Indian journal of veterinary science and animal husbandry - Volumes 15-17, 1948-1951
Year: 1948
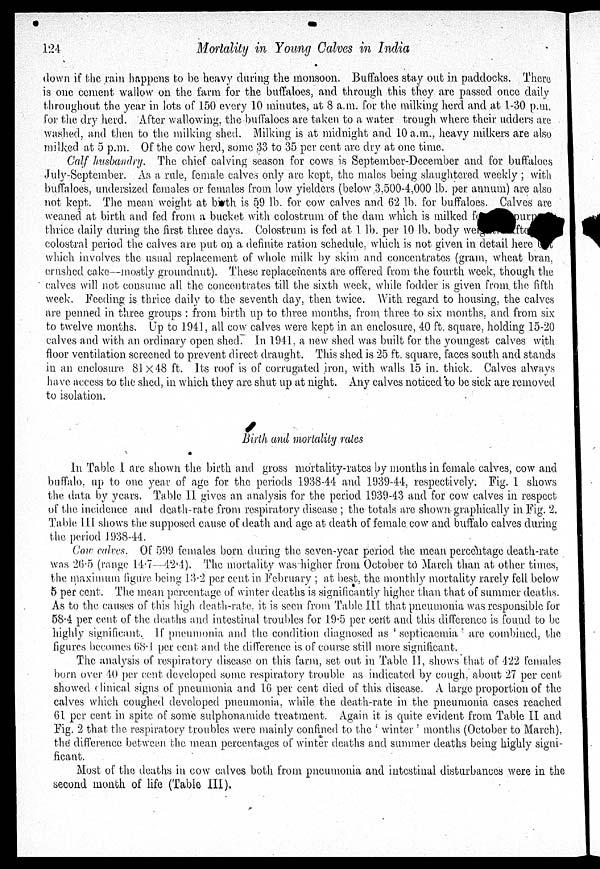
124
Mortality in Young Calves in India
down if the rain happens to be heavy during the monsoon. Buffaloes stay out in paddocks. There
is one cement wallow on the farm for the buffaloes, and through this they are passed once daily
throughout the year in lots of 150 every 10 minutes, at 8 a.m. for the milking herd and at 1-30 p.m.
for the dry herd. After wallowing, the-buffaloes are taken to a water trough where their udders are
washed, and then to the milking shed. Milking is at midnight and 10 a.m., heavy milkers are also
milked at 5 p.m. Of the cow herd, some 33 to 35 per cent are dry at one time.
Calf husbandry. The chief calving season for cows is September-December and for buffaloes
July-September. As a rule, female calves only are kept, the males being slaughtered weekly ; with
buffaloes, undersized females or females from low yielders (below 3,500-4,000 lb. per annum) are also
not kept. The mean weight at birth is 59 lb. for cow calves and 62 lb. for buffaloes. Calves are
weaned at birth and fed from a bucket with colostrum of the dam which is milked f
our
thrice daily during the first three days. Colostrum is fed at 1. lb. per 10 lb. body weight fte
colostral period the calves are put on a definite ration schedule, which is not given in detail here
which involves the usual replacement of whole milk by skim and concentrates (gram, wheat bran.
crushed cake—mostly groundnut). These replacements are offered from the fourth week, though the
calves will not consume all the concentrates till the sixth week, while fodder is given from the fifth
week. Feeding is thrice daily to the seventh day. then twice. With regard to housing, the calves
are penned in three groups : from birth up to three months, from three to six months, and from six
to twelve months. Up to 1941, all cow calves were kept in an enclosure, 40 ft. square, holding 15-20
calves and with an ordinary open shed. In 1941, a new shed was built for the youngest calves with
floor ventilation screened to prevent direct draught. This shed is 25 ft. square, faces south and stands
in an enclosure 81× 48 ft. Its roof is of corrugated iron, with walls 15 in. thick. Calves always
have access to the shed, in which they are shut up at night. Any calves noticed to be sick are removed
to isolation.
Birth and mortality rates
In Table I are shown the birth and gross mortality-rates by months in female calves, cow and
buffalo, up to one year of age for the periods 1938-44 and 1939-44, respectively. Fig. 1 shows
the data by years. Table II gives an analysis for the period 1939-43 and for cow calves in respect
of the incidence and death-rate from respiratory disease ; the totals are shown graphically in Fig. 2.
Table III shows the supposed cause of death and age at death of female cow and buffalo calves during
the period 1938-44.
Cow calves. Of 599 females born during the seven-year period the mean percentage death-rate-
was 26.5 (range 14.7—42.4). The mortality was higher from October to March than at other times,
the maximum figure being 13.2 per cent in February ; at best, the monthly mortality rarely fell below
5 per cent. The mean percentage of winter deaths is significantly higher than that of summer deaths.
As to the causes of this high death-rate, it is seen from Table III that pneumonia was responsible for
58.4 per cent of the deaths and intestinal troubles for 19.5 per cent and this difference is found to be
highly significant. If pneumonia and the condition diagnosed as 'septicaemia' are combined, the
figures becomes 68.1 per cent and the difference is of course still more significant.
The analysis of respiratory disease on this farm, set out in Table II, shows that of 422 females
born over 40 per cent developed some respiratory trouble as indicated by cough, about 27 per cent
showed clinical signs of pneumonia and 16 per cent died of this disease. A large proportion of the
calves which coughed developed pneumonia. while the death-rate in the pneumonia cases reached
61 per cent in spite of some sulphonamide treatment. Again it is quite evident from Table II and
Fig. 2 that the respiratory troubles were mainly confined to the ' winter' months (October to March),
the difference between the mean percentages of winter deaths and summer deaths being highly signi-
ficant.
Most of the deaths in cow calves both from pncumonia and intestinal disturbances were in the
second month of life (Table III).